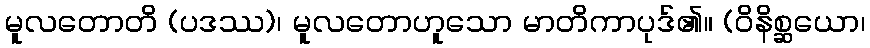
မူလတောတိ (ပဒဿ)၊ မူလတောဟူသော မာတိကာပုဒ်၏။ (ဝိနိစ္ဆယော၊